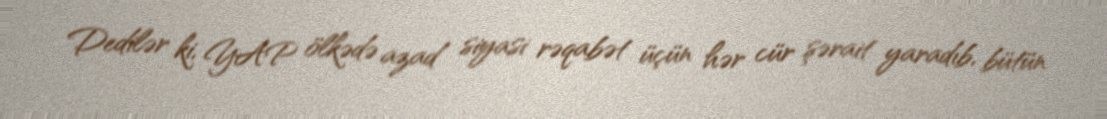
Dedilər ki, YAP ölkədə azad siyasi rəqabət üçün hər cür şərait yaradıb, bütün